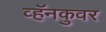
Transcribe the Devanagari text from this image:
व्हॅनकुवर